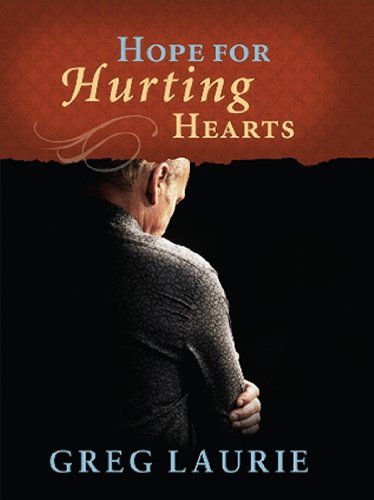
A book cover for Hope for Hurting Hearts; Greg Laurie; Christian Books & Bibles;